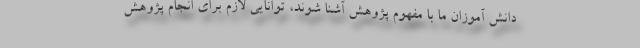
دانش آموزان ما با مفهوم پژوهش آشنا شوند، توانایی لازم برای انجام پژوهش